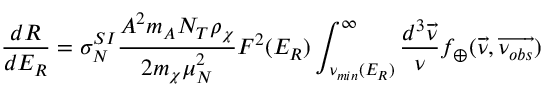
\frac { d R } { d E _ { R } } = \sigma _ { N } ^ { S I } \frac { A ^ { 2 } m _ { A } N _ { T } \rho _ { \chi } } { 2 m _ { \chi } \mu _ { N } ^ { 2 } } F ^ { 2 } ( E _ { R } ) \int _ { { \nu } _ { m i n } ( E _ { R } ) } ^ { \infty } \frac { d ^ { 3 } \overrightarrow { \nu } } { \nu } f _ { \oplus } ( \overrightarrow { \nu } , \overrightarrow { \nu _ { o b s } } )